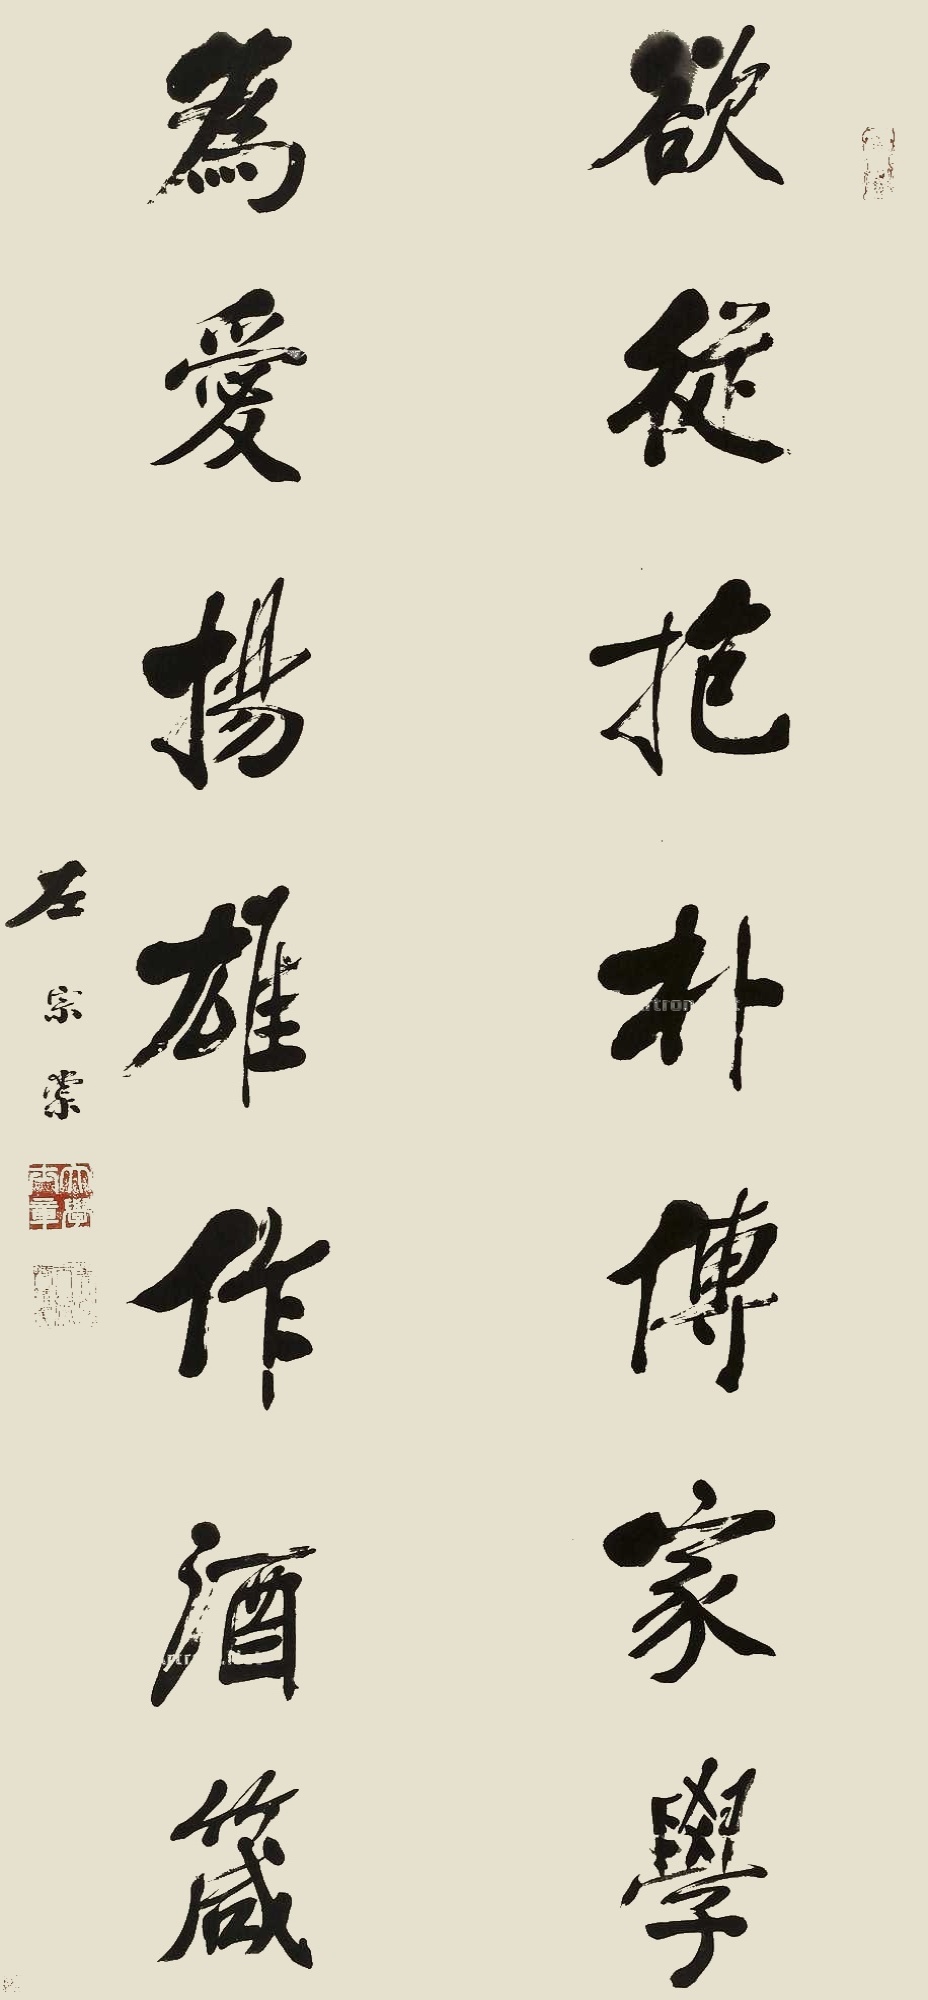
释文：欲从抱朴传家学，为爱扬雄作酒箴。左宗棠。